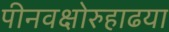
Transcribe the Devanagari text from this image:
पीनवक्षोरुहाढया